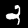
Label: 2